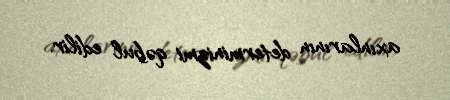
axınlarının determinizmi qəbul edilir.